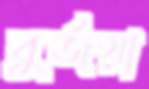
বুর্জয়া